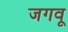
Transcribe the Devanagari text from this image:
जगवू